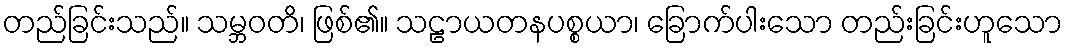
တည်ခြင်းသည်။ သမ္ဘဝတိ၊ ဖြစ်၏။ သဠာယတနပစ္စယာ၊ ခြောက်ပါးသော တည်းခြင်းဟူသော